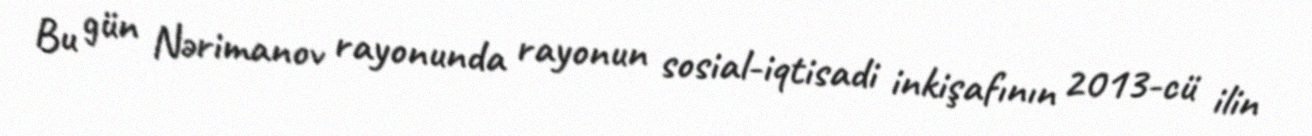
Bu gün Nərimanov rayonunda rayonun sosial-iqtisadi inkişafının 2013-cü ilin